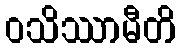
ဝသိဿာမီတိ